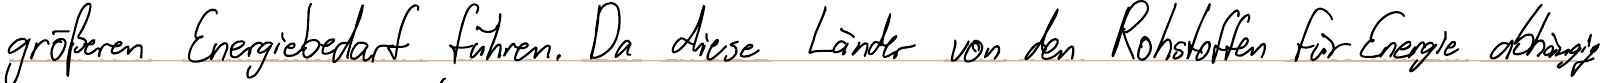
größeren Energiebedarf führen. Da diese Länder von den Rohstoffen für Energie abhängig